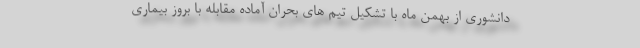
دانشوری از بهمن ماه با تشکیل تیم های بحران آماده مقابله با بروز بیماری